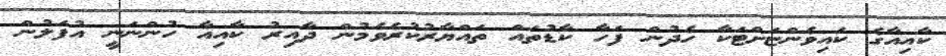
ކާއިއާގެ ކައިވެންޏަށްޓަކާ ހެދުން ފަހާ ކާޑުތައް ތައްޔާރުކުރެވެމުން ދާއިރު ކާއިއާ ހުންނަނީ އުފަލުން